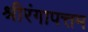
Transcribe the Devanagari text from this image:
श्रीरंगापत्तम